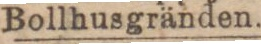
Bollhusgränden.